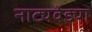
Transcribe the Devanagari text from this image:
नाट्यवेड्या